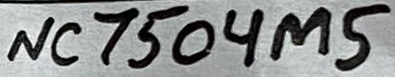
Text: NC7504M5